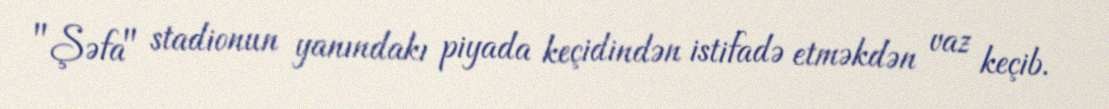
"Şəfa" stadionun yanındakı piyada keçidindən istifadə etməkdən vaz keçib.